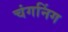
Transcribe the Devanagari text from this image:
चंगनिंग